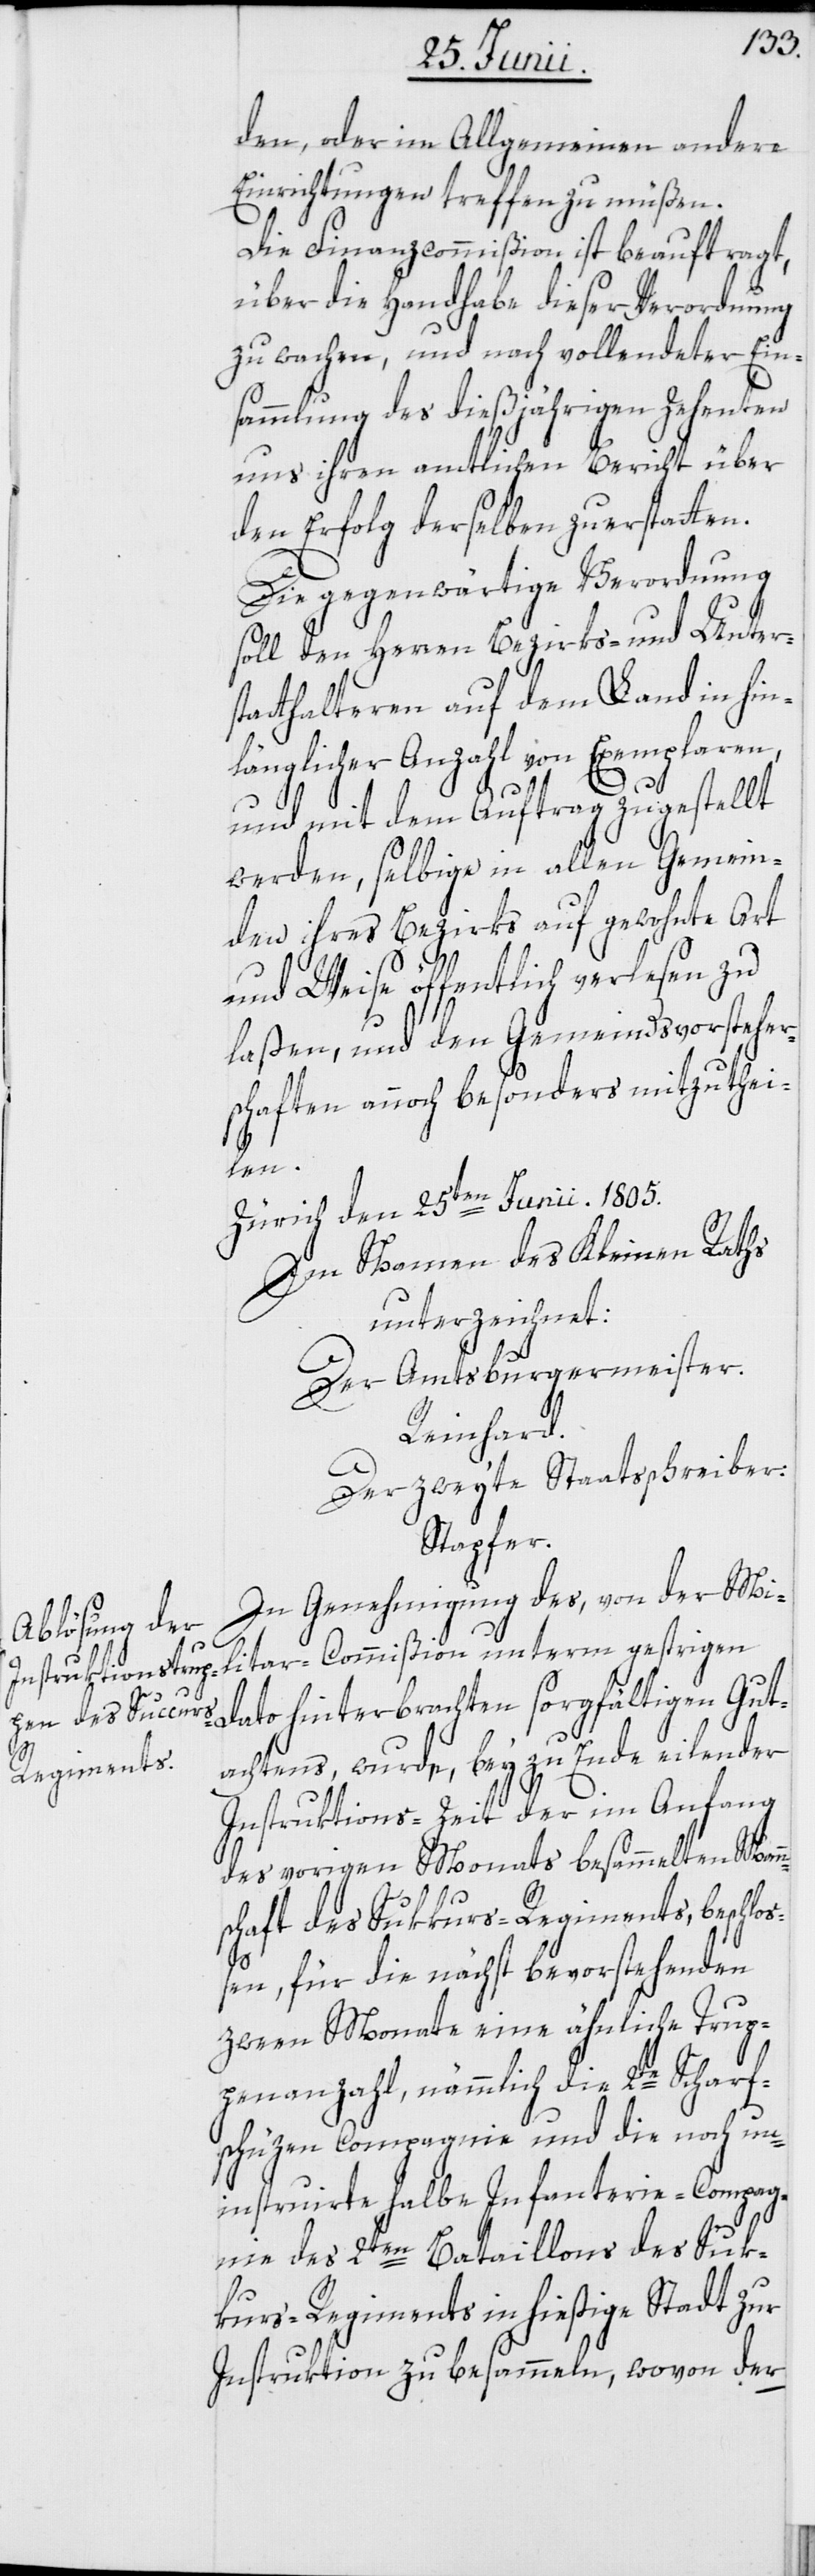
den, oder im Allgemeinen andere
Einrichtungen treffen zu müßen.
Die Finanzcommißion ist beauftragt,
über die Handhabe dieser Verordnung
zu wachen, und nach vollendeter Ein¬
sammlung des dießjährigen Zehenten
uns ihren amtlichen Bericht über
den Erfolg derselben zu erstatten.
Die gegenwärtige Verordnung
soll den Herren Bezirks- und Unter¬
statthalteren auf dem Land in hin¬
länglicher Anzahl von Exemplaren,
und mit dem Auftrag zugestellt
werden, selbige in allen Gemein¬
den ihres Bezirks auf gewohnte Art
und Weise öffentlich verlesen zu
laßen, und den Gemeindsvorsteher¬
schaften annoch besonders mitzuthei¬
len.
Zürich den 25ten Junii 1805.
Im Namen des Kleinen Raths
unterzeichnet:
Der Amtsburgermeister.
Reinhard.
Der zweyte Staatsschreibe:
Stapfer.
In Genehmigung des, von der Mi¬
litar-Commißion unterm gestrigen
Dato hinterbrachten sorgfältigen Gut¬
achtens, wurde, bey zu Ende eilender
Instruktions-Zeit der im Anfang
des vorigen Monats besammelten Man¬
nschaft des Sukkurs-Regiments, beschloß¬
en, für die nächst bevorstehenden
zween Monate eine ähnliche Trup¬
penanzahl, nämmlich die 2te Scharf¬
schüzen Compagnie und die noch un¬
instruirte halbe Infanterie-Compag¬
nie des 2ten Bataillons des Suk¬
kurs-Regiments in hießige Stadt zur
Instruktion zu besammeln, wovon der